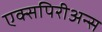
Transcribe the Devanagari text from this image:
एक्सपिरीअन्स